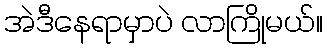
အဲဒီနေရာမှာပဲ လာကြိုမယ်။